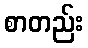
စာတည်း